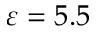
\varepsilon = 5 . 5